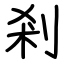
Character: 剎